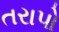
તરાપો